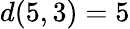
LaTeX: d(5,3)=5